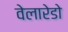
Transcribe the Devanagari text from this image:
वेलारेडो